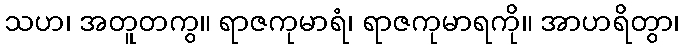
သဟ၊ အတူတကွ။ ရာဇကုမာရံ၊ ရာဇကုမာရကို။ အာဟရိတွာ၊